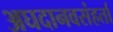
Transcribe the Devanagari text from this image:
अघदानवसंहर्ता